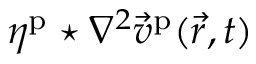
\eta ^ { \mathrm { p } } \star \nabla ^ { 2 } \vec { v } ^ { \mathrm { p } } ( \vec { r } , t )